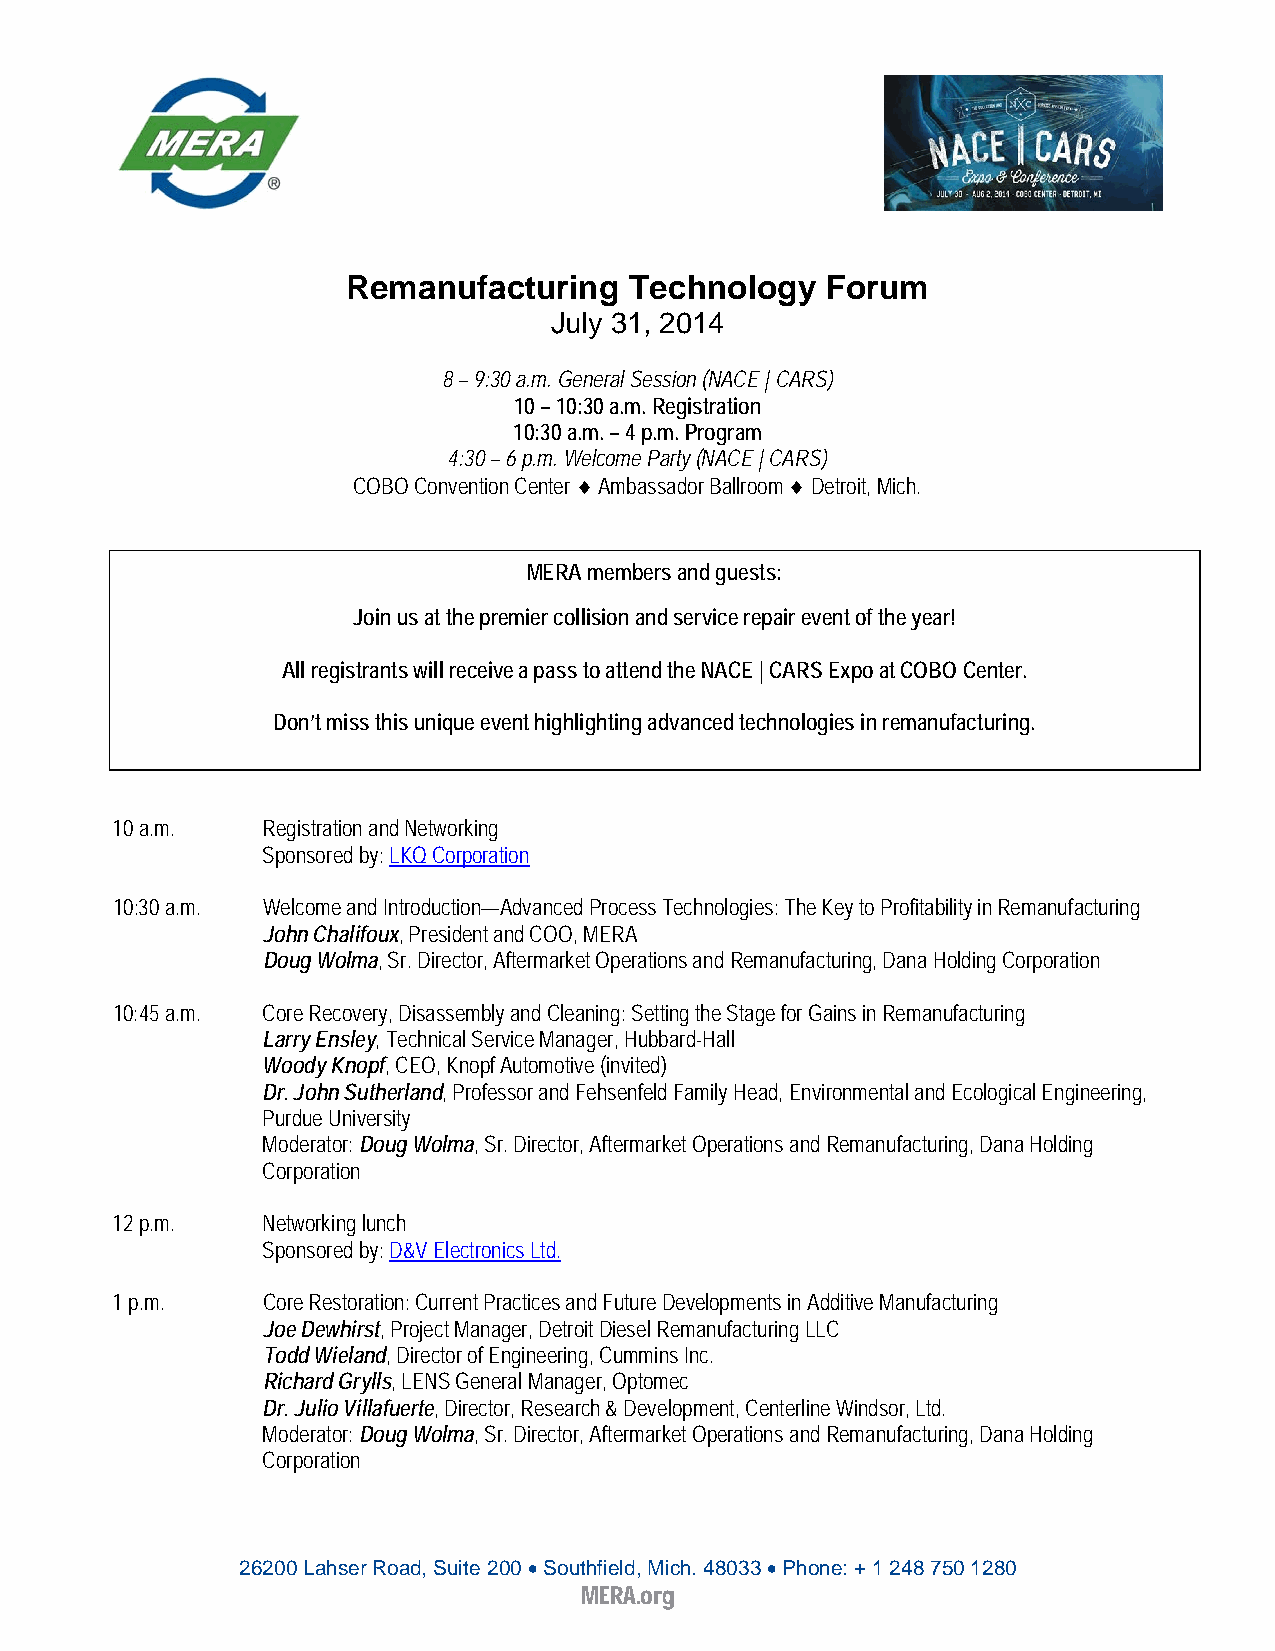
Remanufacturing    Technology   Forum
 July 31, 2014
 8 – 9:30 a.m. General Session (NACE | CARS)
 10 – 10:30 a.m. Registration
 10:30 a.m. – 4 p.m. Program
 4:30 – 6 p.m. Welcome Party (NACE | CARS)
 COBO Convention Center ♦ Ambassador Ballroom ♦ Detroit, Mich.
 MERA members and guests:
 Join us at the premier collision and service repair event of the year!
 All registrants will receive a pass to attend the NACE | CARS Expo at COBO Center.
 Don’t miss this unique event highlighting advanced technologies in remanufacturing.
 10 a.m.   Registration and Networking
 Sponsored by: LKQ Corporation
 10:30 a.m. Welcome and Introduction—Advanced Process Technologies: The Key to Profitability in Remanufacturing
 John Chalifoux, President and COO, MERA
 Doug Wolma, Sr. Director, Aftermarket Operations and Remanufacturing, Dana Holding Corporation
 10:45 a.m. Core Recovery, Disassembly and Cleaning: Setting the Stage for Gains in Remanufacturing
 Larry Ensley, Technical Service Manager, Hubbard-Hall
 Woody Knopf, CEO, Knopf Automotive (invited)
 Dr. John Sutherland, Professor and Fehsenfeld Family Head, Environmental and Ecological Engineering,
 Purdue University
 Moderator: Doug Wolma, Sr. Director, Aftermarket Operations and Remanufacturing, Dana Holding
 Corporation
 12 p.m.   Networking lunch
 Sponsored by: D&V Electronics Ltd.
 1 p.m.    Core Restoration: Current Practices and Future Developments in Additive Manufacturing
 Joe Dewhirst, Project Manager, Detroit Diesel Remanufacturing LLC
 Todd Wieland, Director of Engineering, Cummins Inc.
 Richard Grylls, LENS General Manager, Optomec
 Dr. Julio Villafuerte, Director, Research & Development, Centerline Windsor, Ltd.
 Moderator: Doug Wolma, Sr. Director, Aftermarket Operations and Remanufacturing, Dana Holding
 Corporation
 26200 Lahser Road, Suite 200 • Southfield, Mich. 48033 • Phone: + 1 248 750 1280
 MERA.org